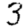
Digit: 3